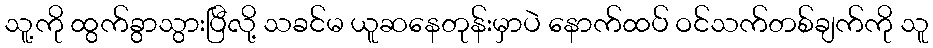
သူ့ကို ထွက်ခွာသွားပြီလို့ သခင်မ ယူဆနေတုန်းမှာပဲ နောက်ထပ် ဝင်သက်တစ်ချက်ကို သူ